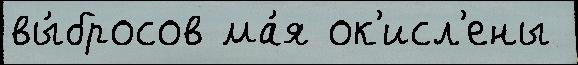
вы́бросов ма́я ок'исл'ены